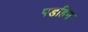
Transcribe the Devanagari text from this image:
पडहिन